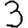
Digit: 3